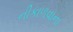
નીકાળવાના